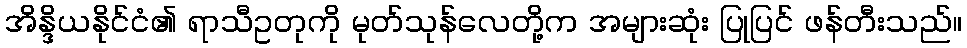
အိန္ဒိယနိုင်ငံ၏ ရာသီဥတုကို မုတ်သုန်လေတို့က အများဆုံး ပြုပြင် ဖန်တီးသည်။